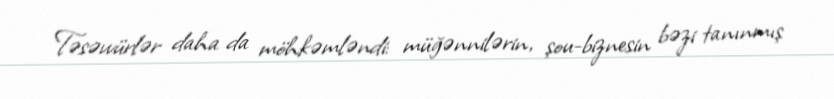
Təsəvvürlər daha da möhkəmləndi: müğənnilərin, şou-biznesin bəzi tanınmış